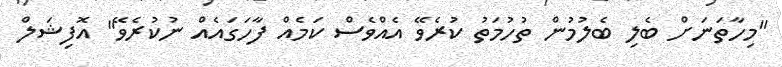
"މިހާތަނަށް ބެލި ބެލުމުން ތުހުމަތު ކުރެވޭ އެއްވެސް ކަމެއް ފާހަގައެއް ނުކުރެވޭ" އޮފިޝަލް